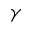
\gamma